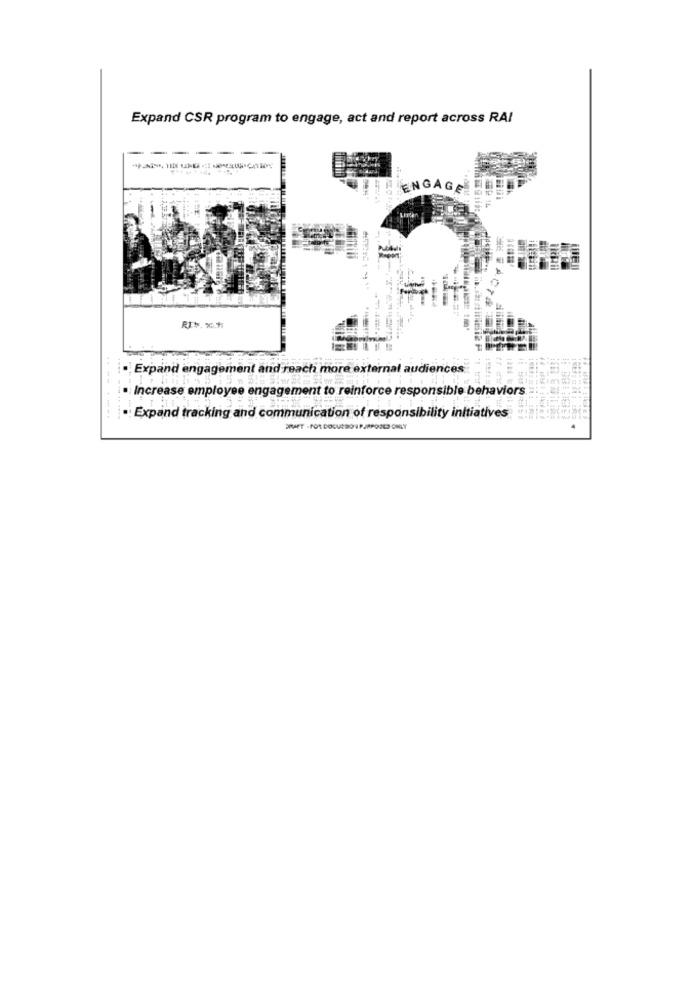
Expand CSR program to engage, act and report across RAI
---
===
ENGAGE
·Expand engagement and reach more external audiences
· Increase employee engagement to reinforce responsible behaviors
. Expand tracking and communication of responsibility initiatives